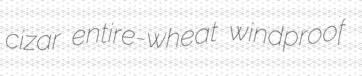
cizar entire-wheat windproof